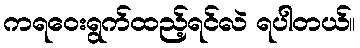
ကရဝေးရွက်ထည့်ရင်လဲ ရပါတယ်။